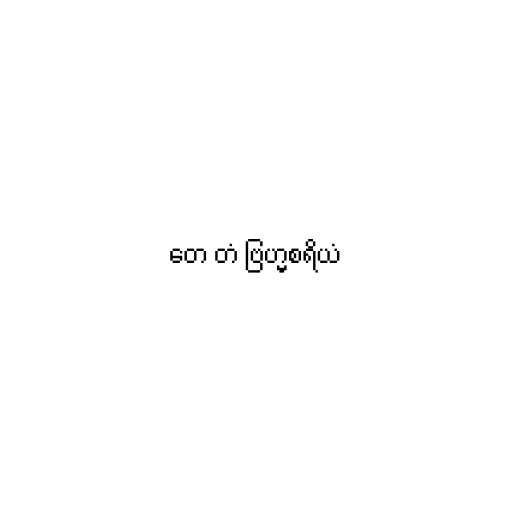
တေ တံ ဗြဟ္မစရိယံ